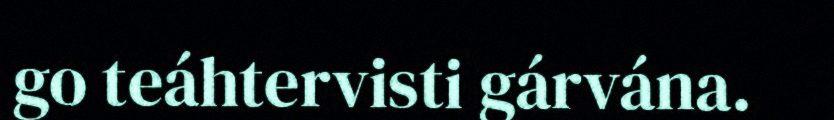
go teáhtervisti gárvána.